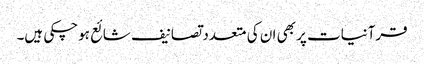
قرآنیات پر بھی ان کی متعدد تصانیف شائع ہوچکی ہیں۔